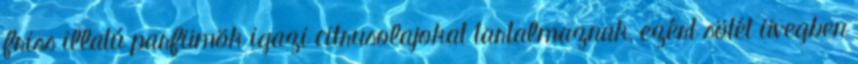
friss illatú parfümök igazi citrusolajokat tartalmaznak, ezért sötét üvegben